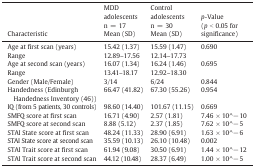
<table><thead><tr><td><b>Characteristic</b></td><td><b>MDD adolescentsn = 17Mean (SD)</b></td><td><b>Control adolescentsn = 30Mean (SD)</b></td><td><b><i>p</i>-Value(<i>p</i> &lt; 0.05 for significance)</b></td></tr></thead><tbody><tr><td>Age at first scan (years)</td><td>15.42 (1.37)</td><td>15.59 (1.47)</td><td>0.690</td></tr><tr><td>Range</td><td>12.89–17.56</td><td>12.14–17.73</td><td></td></tr><tr><td>Age at second scan (years)</td><td>16.07 (1.34)</td><td>16.24 (1.46)</td><td>0.695</td></tr><tr><td>Range</td><td>13.41–18.17</td><td>12.92–18.30</td><td></td></tr><tr><td>Gender (Male/Female)</td><td>3/14</td><td>6/24</td><td>0.844</td></tr><tr><td>Handedness (Edinburgh Handedness Inventory (46))</td><td>66.47 (41.82)</td><td>67.30 (55.26)</td><td>0.954</td></tr><tr><td>IQ (from 5 patients, 30 controls)</td><td>98.60 (14.40)</td><td>101.67 (11.15)</td><td>0.669</td></tr><tr><td>SMFQ score at first scan</td><td>16.71 (4.90)</td><td>2.57 (1.81)</td><td>7.46 × 10^− 10</td></tr><tr><td>SMFQ score at second scan</td><td>8.88 (5.12)</td><td>2.37 (1.85)</td><td>7.62 × 10^− 5</td></tr><tr><td>STAI State score at first scan</td><td>48.24 (11.33)</td><td>28.90 (6.91)</td><td>1.63 × 10^− 6</td></tr><tr><td>STAI State score at second scan</td><td>35.59 (10.13)</td><td>26.10 (10.48)</td><td>0.002</td></tr><tr><td>STAI Trait score at first scan</td><td>61.94 (9.08)</td><td>30.50 (6.91)</td><td>1.44 × 10^− 12</td></tr><tr><td>STAI Trait score at second scan</td><td>44.12 (10.48)</td><td>28.37 (6.49)</td><td>1.00 × 10^− 5</td></tr></tbody></table>